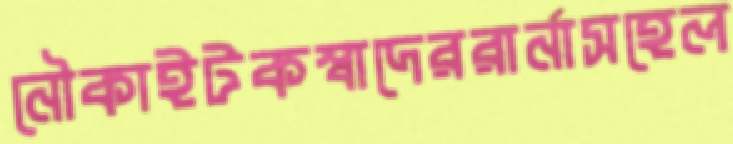
নৌকাইটকস্বাদেররার্নাসহেল